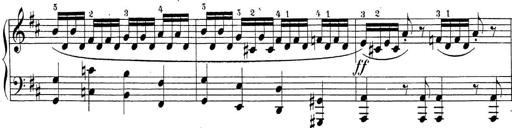
Title: Sonatina Album
Composer: Louis KÃ¶hler